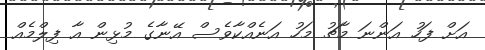
އަށް ފަހު އަންނަ މާޗު މަހު އަނެއްކާވެސް އޭނާގެ މުޅިން އާ ފިލްމެއް